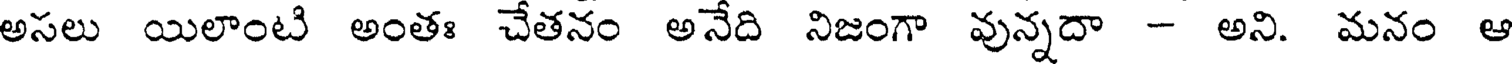
అసలు యిలాంటి అంతః చేతనం అనేది నిజంగా వున్నదా - అని. మనం ఆ